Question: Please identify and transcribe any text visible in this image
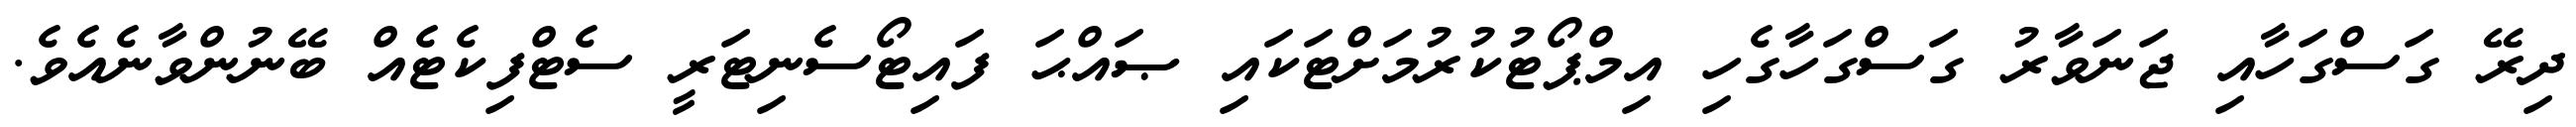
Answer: ދިރޭ ގަސްގަހާއި ޖަނަވާރު ގަސްގަހާގެހި އިމްޕޯޓުކުރުމަށްޓަކައި ޞައްޙަ ފައިޓޯސެނިޓަރީ ސެޓްފިކެޓެއް ބޭނުންވާނެއެވެ.